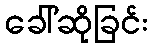
ခေါ်ဆိုခြင်း